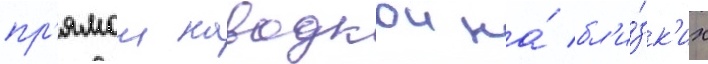
пр'ямои наводкои на́ бл'и́зк'их